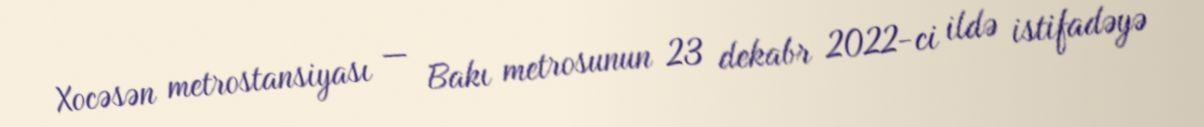
Xocəsən metrostansiyası — Bakı metrosunun 23 dekabr 2022-ci ildə istifadəyə